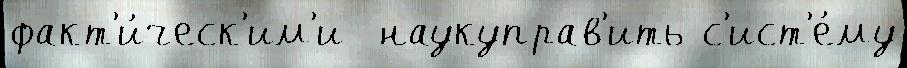
факт'и́ческ'им'и  наукуправ'ить с'ист'е́му